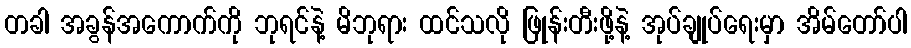
တခါ အခွန်အကောက်ကို ဘုရင်နဲ့ မိဘုရား ထင်သလို ဖြုန်းတီးဖို့နဲ့ အုပ်ချုပ်ရေးမှာ အိမ်တော်ပါ